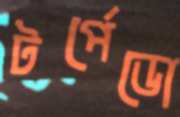
টর্পেডো